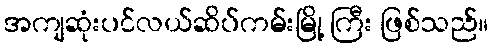
အကျဆုံးပင်လယ်ဆိပ်ကမ်းမြို့ ကြီး ဖြစ်သည်။